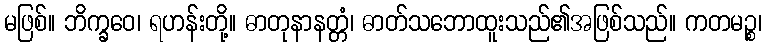
မဖြစ်။ ဘိက္ခဝေ၊ ရဟန်းတို့။ ဓာတုနာနတ္တံ၊ ဓာတ်သဘောထူးသည်၏အဖြစ်သည်။ ကတမဉ္စ၊